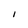
Character: 1